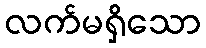
လက်မရှိသော